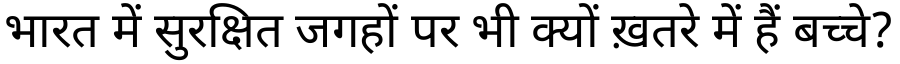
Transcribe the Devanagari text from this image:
भारत में सुरक्षित जगहों पर भी क्यों ख़तरे में हैं बच्चे?